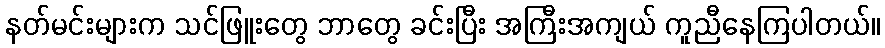
နတ်မင်းများက သင်ဖြူးတွေ ဘာတွေ ခင်းပြီး အကြီးအကျယ် ကူညီနေကြပါတယ်။